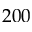
2 0 0